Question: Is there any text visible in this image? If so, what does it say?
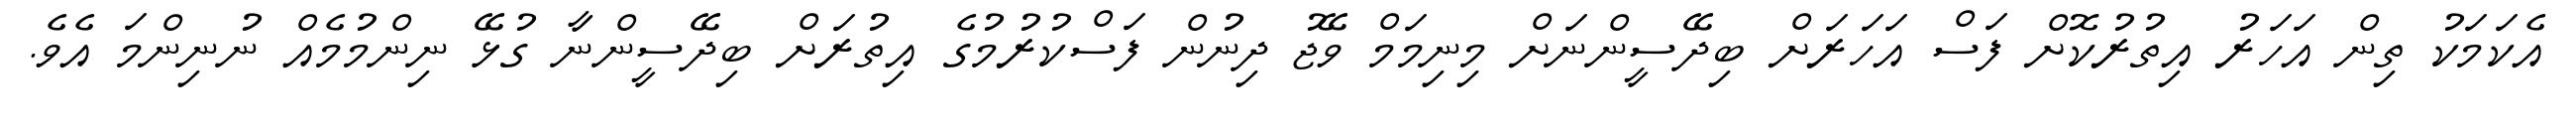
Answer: އެކަމަކު ތިން އަހަރު އިތުރުކޮށް ފަސް އަހަރަށް ބިދޭސީންނަށް މިނިމަމް ވޭޖު ދިނުން ފަސްކުރުމުގެ އިތުރަށް ބިދޭސީންނާ ގުޅޭ ނިންމުމެއް ނުނިންމަ އެވެ.